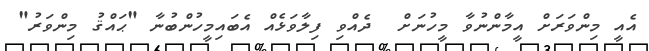
އެއީ މިންވަރަށް އީމާންނުވާ މީހުނަށް  ދެއްވި ފިލާވަޅެއް އެބައިމީހުންބުނާ "ޙައްޤު މިންވަރު"